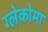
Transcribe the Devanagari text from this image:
ग्लेकोमा